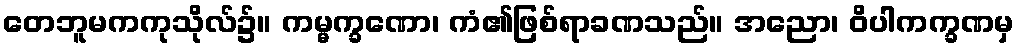
တေဘူမကကုသိုလ်၌။ ကမ္မက္ခဏော၊ ကံ၏ဖြစ်ရာခဏသည်။ အညော၊ ဝိပါကက္ခဏမှ